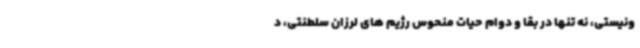
ونیستی، نه تنها در بقا و دوام حیات منحوس رژیم های لرزان سلطنتی، د